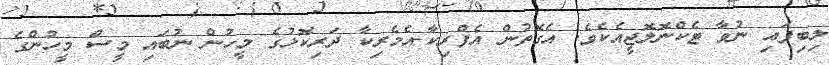
ލިބިފައި ނުވާ ޓެކްނޮލޮޖީއެކެވެ. އެގޮތުން އެފްރިކާ-އެމެރިކާ ދަރިކޮޅުގެ މީހުން ނުބައި މީސް މީހުންގެ